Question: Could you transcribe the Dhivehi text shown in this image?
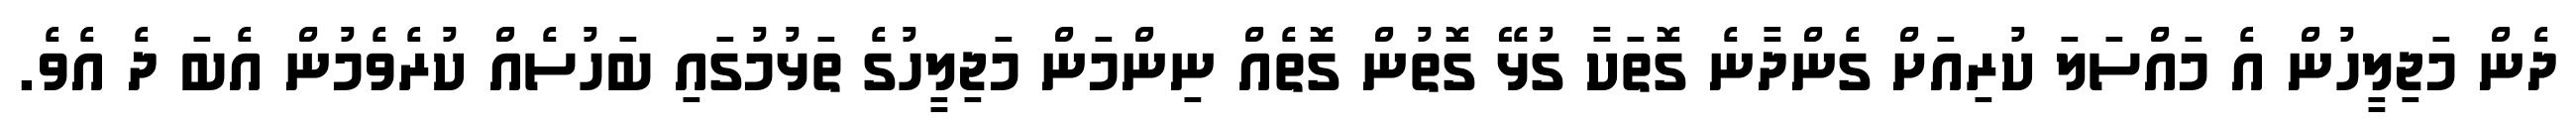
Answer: ދެން މަޖިލީހުން އެ މައްސަލަ ކުރިއަށް ގެންދާނެ ގޮތަކާ ގުޅޭ ގޮތުން ގޮތެއް ނިންމަން މަޖިލީހުގެ ތަޅުމުގައި ބަހުސެއް ކުރެވެމުން އެބަ ދެ އެވެ.